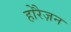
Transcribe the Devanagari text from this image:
होरैज़न